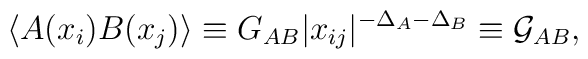
\langle A(x_{i}) B(x_{j}) \rangle \equiv G_{AB} |x_{ij}|^{-\Delta_A - \Delta_B} 	\equiv \mathcal{G}_{AB},